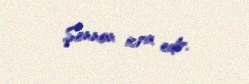
Şennon icra edir.